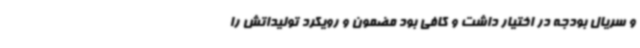
و سریال بودجه در اختیار داشت و کافی بود مضمون و رویکرد تولیداتش را